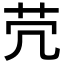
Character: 𦬮